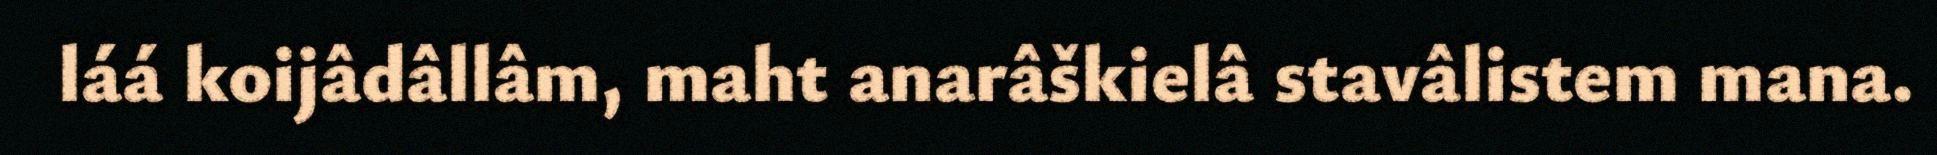
láá koijâdâllâm, maht anarâškielâ stavâlistem mana.